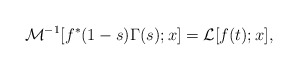
\begin{align*}\mathcal{M}^{-1}[f^{*}(1-s)\Gamma(s); x] = \mathcal{L}[f(t); x],\end{align*}